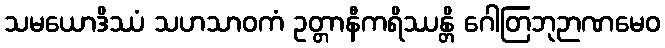
သမယောဒိဿံ သဟသာဝကံ ဥတ္တာနီကရိဿန္တိ ဂေါတြဘုဉာဏမေဝ